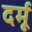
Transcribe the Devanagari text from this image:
दर्मू